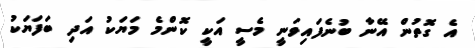
އެ ގޮތުން އޭނާ ބުނެފައިވަނީ މެސީ އަކީ ކޮންމެ މަޔަކު އަދި ބަފަޔަކު